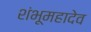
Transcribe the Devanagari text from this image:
शंभूमहादेव